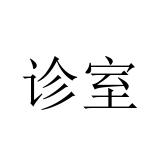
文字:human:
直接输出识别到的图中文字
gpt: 诊室